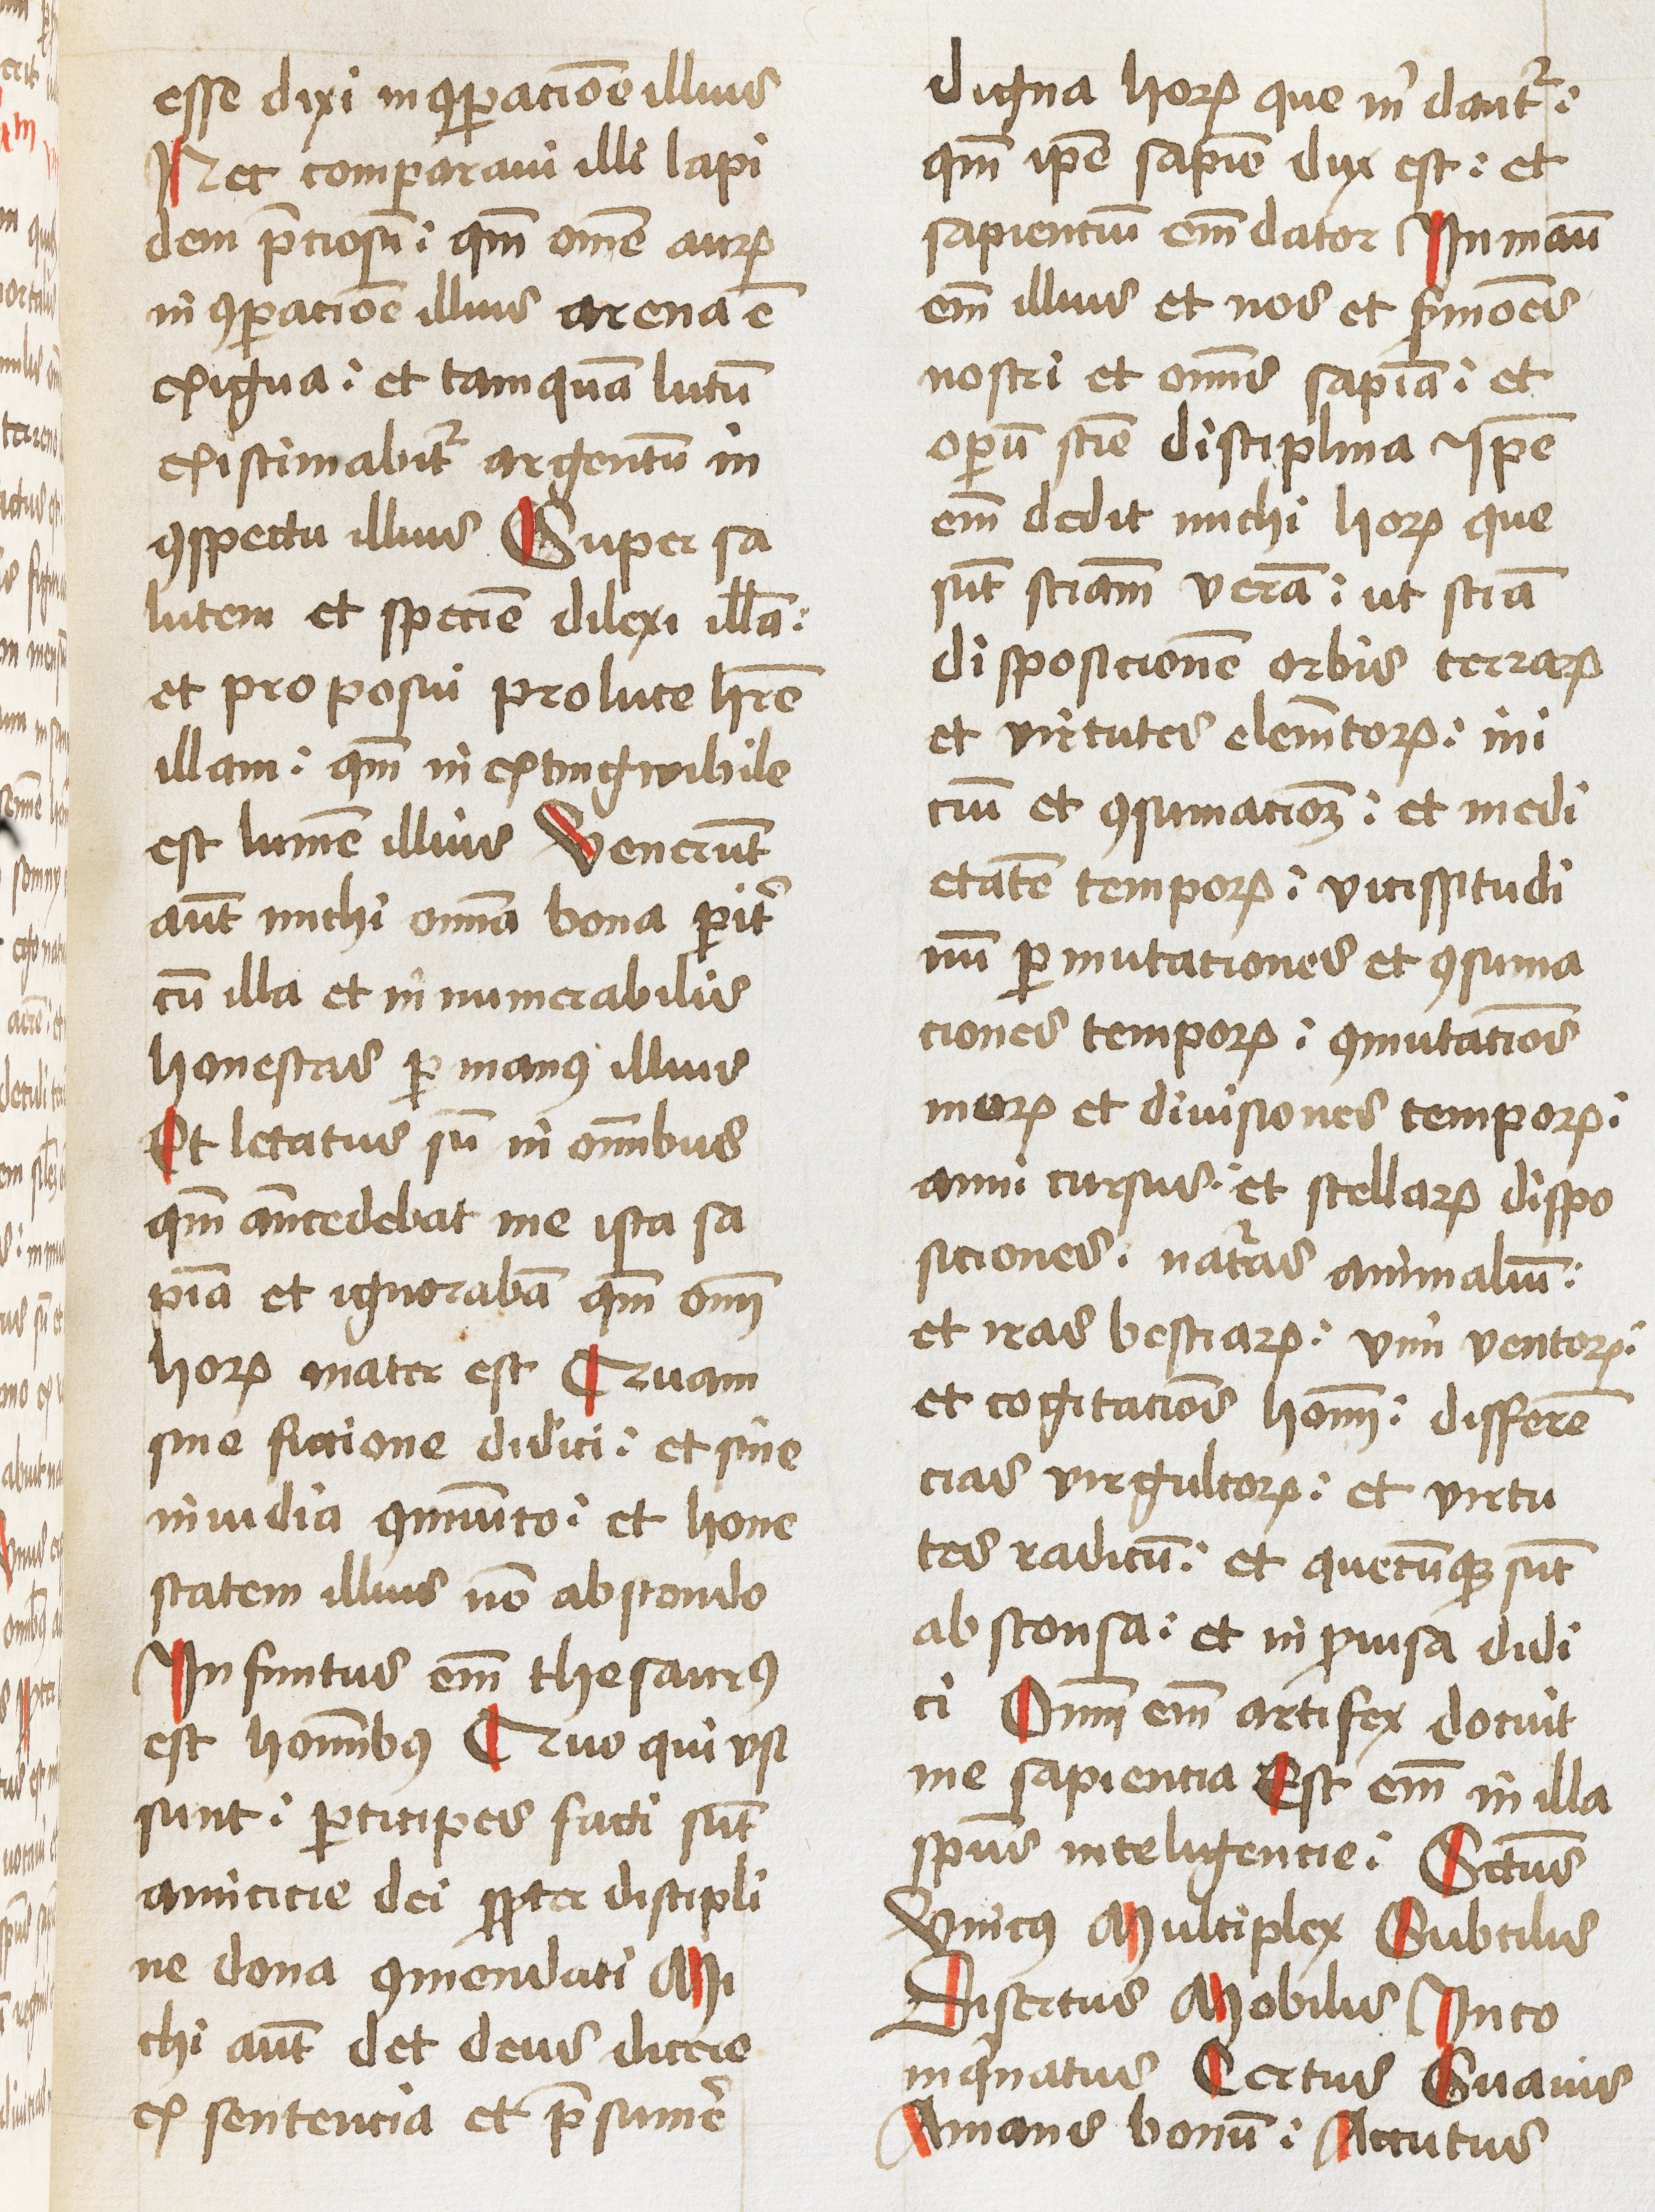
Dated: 1460–1460